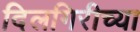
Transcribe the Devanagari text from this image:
दिलगिरीच्या